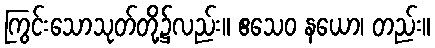
ကြွင်းသောသုတ်တို့၌လည်း။ ဧသေဝ နယော၊ တည်း။